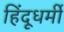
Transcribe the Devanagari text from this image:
हिंदूधर्मी